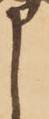
申